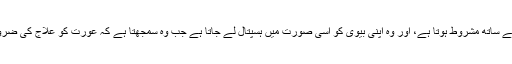
خواتین کا ہسپتال جانا شوہر کی موجودگی یا اس کی مرضی کے ساتھ مشروط ہوتا ہے، اور وہ اپنی بیوی کو اسی صورت میں ہسپتال لے جاتا ہے جب وہ سمجھتا ہے کہ عورت کو علاج کی ضرورت ہے، اور یہ کہ آیا وہ خرچہ برداشت کرسکتا ہے یا نہیں۔